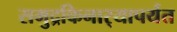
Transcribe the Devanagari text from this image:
समुद्रकिनार्‍यापर्यंत